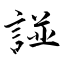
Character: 諩